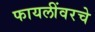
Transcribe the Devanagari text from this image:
फायलींवरचे